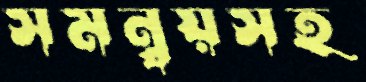
সমন্বয়সহ